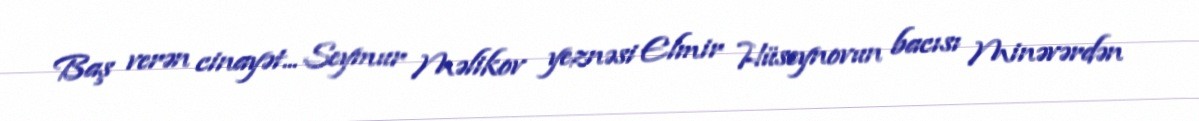
Baş verən cinayət... Seymur Məlikov yeznəsi Elmir Hüseynovun bacısı Minəvərdən